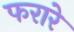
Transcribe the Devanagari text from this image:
फरारे